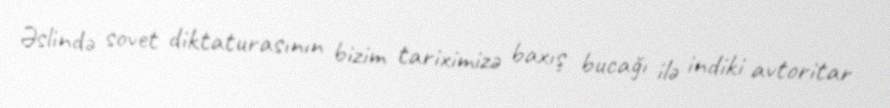
Əslində sovet diktaturasının bizim tariximizə baxış bucağı ilə indiki avtoritar